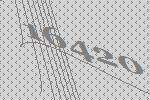
16420